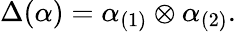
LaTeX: \Delta(\alpha)=\alpha_{(1)}\otimes\alpha_{(2)}.